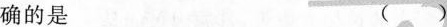
确的是 ()